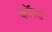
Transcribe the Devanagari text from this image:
कॉक्ड